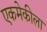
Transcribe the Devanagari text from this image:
एकमेकीला